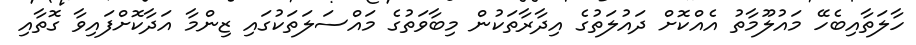
ހާލަތާއިބެހޭ މައުލޫމާތު އެއްކޮށް ދައުލަތުގެ އިދާރާތަކުން މިބާވަތުގެ މައްސަލަތަކުގައި ޒިންމާ އަދާކޮށްފައިވާ ގޮތާއި